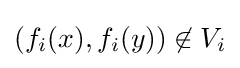
\left(f_{i}(x),f_{i}(y)\right)\not \in V_{i}